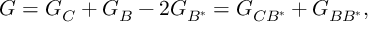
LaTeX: G = G _ { C } + G _ { B } - 2 G _ { B ^ { \ast } } = G _ { C B ^ { \ast } } + G _ { B B ^ { \ast } } ,